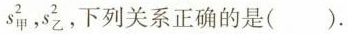
s_{甲}^{2},s_{乙}^{2},下列关系正确的是( ).